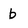
Character: b